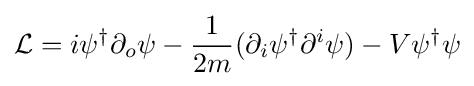
{\mathcal {L}}=i\psi ^{\dagger }\partial _{o}\psi -{\frac {1}{2m}}(\partial _{i}\psi ^{\dagger }\partial ^{i}\psi )-V\psi ^{\dagger }\psi